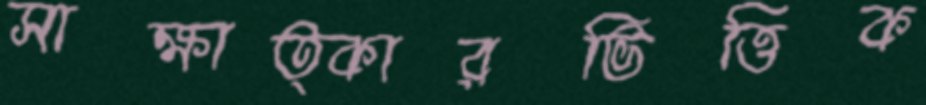
সাক্ষাত্কারভিত্তিক